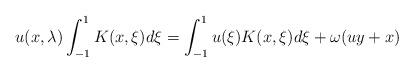
LaTeX: \begin{align*}u(x,\lambda)\int_{-1}^1 K(x,\xi)d\xi=\int_{-1}^1u(\xi)K(x,\xi)d\xi+\omega (uy+x)\end{align*}